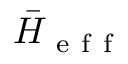
\bar { H } _ { \mathrm { ~ e ~ f ~ f ~ } }